Annual report of the Punjab Veterinary College and of the Civil Veterinary Department, Punjab - 1909-1919
Year: 1909
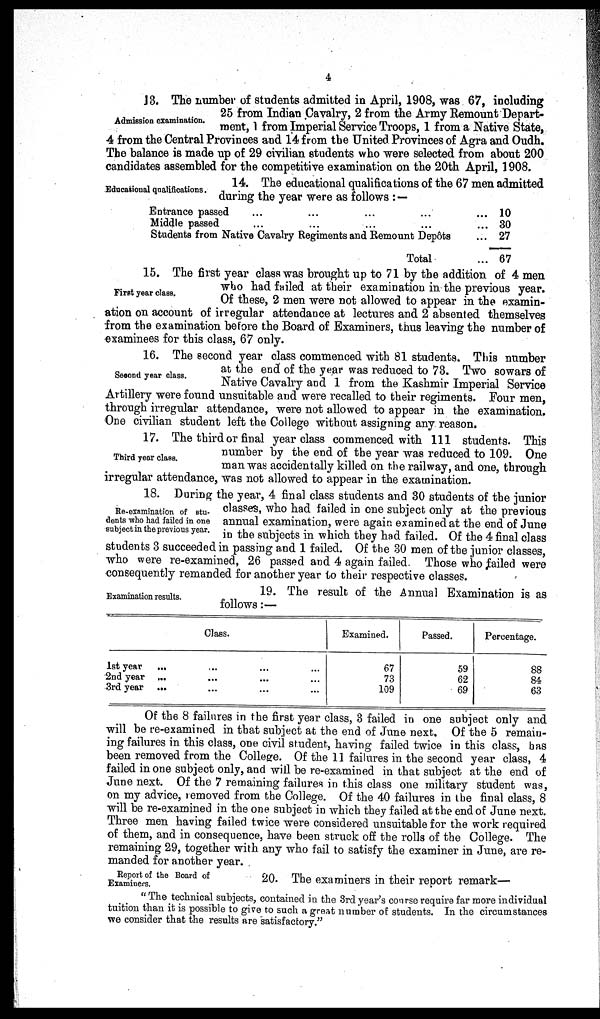
4
Admission examination.
13. The number of students admitted in April, 1908, was 67, including
25 from Indian Cavalry, 2 from the Army Remount Depart-
ment, 1 from Imperial Service Troops, 1 from a Native State,
4 from the Central Provinces and 14 from the United Provinces of Agra and Oudh.
The balance is made up of 29 civilian students who were selected from about 200
candidates assembled for the competitive examination on the 20th April, 1908.
Educational qualifications.
14. The educational qualifications of the 67 men admitted
during the year were as follows:—
Entrance passed ... ... ... ...
Middle passed ... ... ... ...
Students from Native Cavalry Regiments and Remount Depôts
Total
... 10
... 30
... 27
... 67
First year class.
15. The first year class was brought up to 71 by the addition of 4 men
who had failed at their examination in the previous year.
Of these, 2 men were not allowed to appear in the examin-
ation on account of irregular attendance at lectures and 2 absented themselves
from the examination before the Board of Examiners, thus leaving the number of
examinees for this class, 67 only.
Second year class.
16. The second year class commenced with 81 students. This number
at the end of the year was reduced to 73. Two sowars of
Native Cavalry and 1 from the Kashmir Imperial Service
Artillery were found unsuitable and were recalled to their regiments. Four men,
through irregular attendance, were not allowed to appear in the examination.
One civilian student left the College without assigning any reason.
Third year class.
17. The third or final year class commenced with 111 students. This
number by the end of the year was reduced to 109. One
man was accidentally killed on the railway, and one, through
irregular attendance, was not allowed to appear in the examination.
Re-examination of stu-
dents who had failed in one
subject in the previous year.
18. During the year, 4 final class students and 30 students of the junior
classes, who had failed in one subject only at the previous
annual examination, were again examined at the end of June
in the subjects in which they had failed. Of the 4 final class
students 3 succeeded in passing and 1 failed. Of the 30 men of the junior classes,
who were re-examined, 26 passed and 4 again failed. Those who failed were
consequently remanded for another year to their respective classes.
Examination results.
19. The result of the Annual Examination is as
follows:—
1st year ...
2nd year ...
3rd year ...
Class.
... ... ...
...
...
...
... ... ...
Examined.
67
73
109
Passed.
59
62
69
Percentage.
88
84
63
Of th6 8 failures in the first year class, 3 failed in one subject only and
will be re-examined in that subject at the end of June next. Of the 5 remain-
ing failures in this class, one civil student, having failed twice in this class, has
been removed from the College. Of the 11 failures in the second year class, 4
failed in one subject only, and will be re-examined in that subject at the end of
June next. Of the 7 remaining failures in this class one military student was,
on my advice, removed from the College. Of the 40 failures in the final class, 8
will be re-examined in the one subject in which they failed at the end of June next.
Three men having failed twice were considered unsuitable for the work required
of them, and in consequence, have been struck off the rolls of the College. The
remaining 29, together with any who fail to satisfy the examiner in June, are re-
manded for another year.
Report of the Board of
Examiners.
20. The examiners in their report remark—
"The technical subjects, contained in the 3rd year's course require far more individual
tuition than it is possible to give to such a great number of students. In the circumstances
we consider that the results are satisfactory."